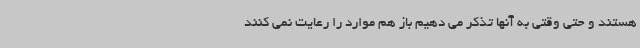
هستند و حتی وقتی به آنها تذکر می دهیم باز هم موارد را رعایت نمی کنند